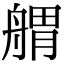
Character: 𦩝